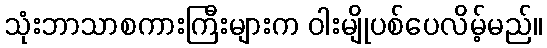
သုံးဘာသာစကားကြီးများက ဝါးမျိုပစ်ပေလိမ့်မည်။